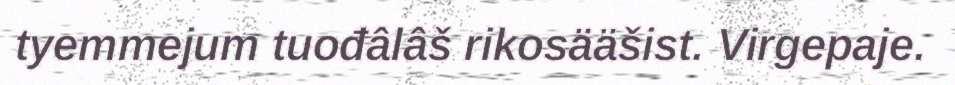
tyemmejum tuođâlâš rikosääšist. Virgepaje.